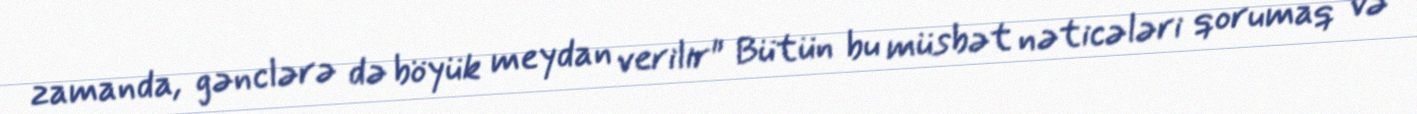
zamanda, gənclərə də böyük meydan verilir" Bütün bu müsbət nəticələri qorumaq və